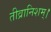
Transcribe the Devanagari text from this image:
तीव्रानिशम्।